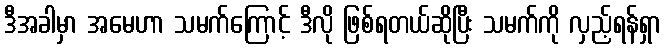
ဒီအခါမှာ အမေဟာ သမက်ကြောင့် ဒီလို ဖြစ်ရတယ်ဆိုပြီး သမက်ကို လှည့်ရန်ရှာ